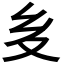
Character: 𭐟